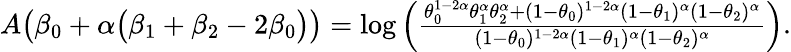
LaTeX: \begin{array}{r}{A\big(\beta_{0}+\alpha\big(\beta_{1}+\beta_{2}-2\beta_{0}\big)\big)=\log\left(\frac{\theta_{0}^{1-2\alpha}\theta_{1}^{\alpha}\theta_{2}^{\alpha}+(1-\theta_{0})^{1-2\alpha}(1-\theta_{1})^{\alpha}(1-\theta_{2})^{\alpha}}{(1-\theta_{0})^{1-2\alpha}(1-\theta_{1})^{\alpha}(1-\theta_{2})^{\alpha}}\right).}\end{array}